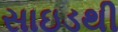
સાઇડથી